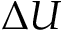
\Delta U